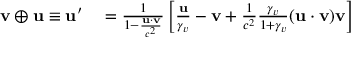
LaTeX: \begin{array} { r l } { \mathbf { v } \oplus \mathbf { u } \equiv \mathbf { u } ^ { \prime } } & { { } = { \frac { 1 } { 1 - { \frac { \mathbf { u } \cdot \mathbf { v } } { c ^ { 2 } } } } } \left[ { \frac { \mathbf { u } } { \gamma _ { v } } } - \mathbf { v } + { \frac { 1 } { c ^ { 2 } } } { \frac { \gamma _ { v } } { 1 + \gamma _ { v } } } ( \mathbf { u } \cdot \mathbf { v } ) \mathbf { v } \right] } \end{array}